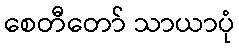
စေတီတော် သာယာပုံ